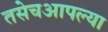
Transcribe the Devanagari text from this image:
तसेचआपल्या